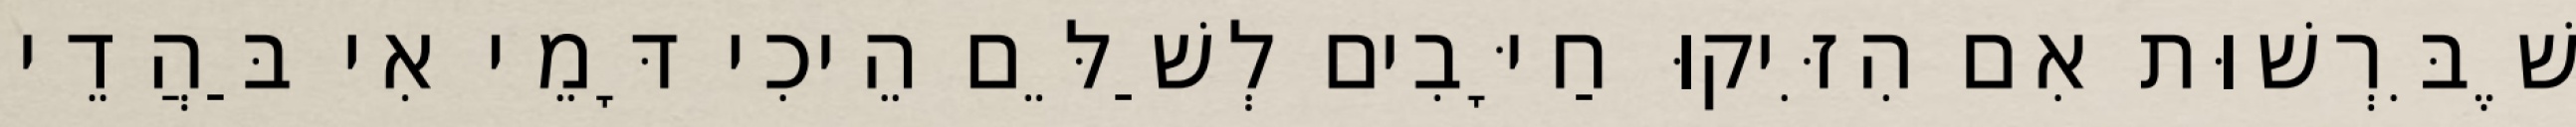
שֶׁבִּרְשׁוּת אִם הִזִּיקוּ חַיָּבִים לְשַׁלֵּם הֵיכִי דָּמֵי אִי בַּהֲדֵי